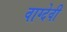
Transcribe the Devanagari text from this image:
वाग्‍देवी